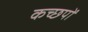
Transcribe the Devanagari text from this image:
कच्छपों